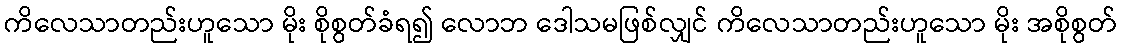
ကိလေသာတည်းဟူသော မိုး စိုစွတ်ခံရ၍ လောဘ ဒေါသမဖြစ်လျှင် ကိလေသာတည်းဟူသော မိုး အစိုစွတ်